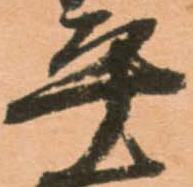
平